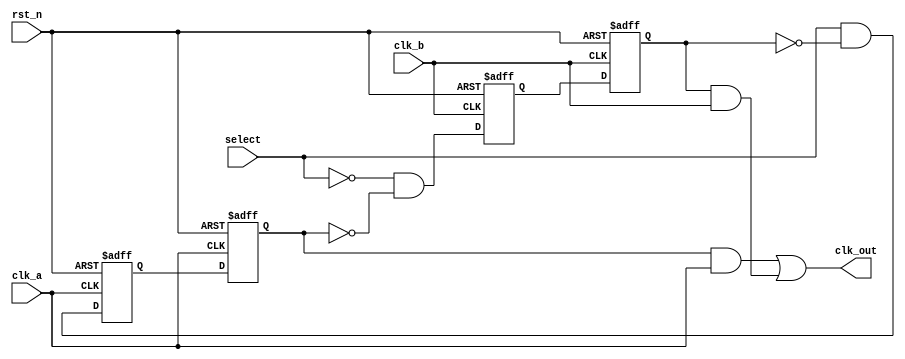

// Despription: This is a glitch free clock switch circuit
// clk_out = select == 1 ? clk_a : clk_b

// rule no.1: disable all clocks before enable a new clock
// rule no.2: switch at the negetive clock edge to avoid glitch


module Clk_Switch
(
  input  wire clk_a   ,
  input  wire clk_b   ,
  input  wire rst_n   ,
  input  wire select  ,
  output wire clk_out
);

// var definition

reg enable_a, enable_a_r, enable_b, enable_b_r;

// clock a 

always@(posedge clk_a or negedge rst_n) begin
  if(!rst_n) begin
    enable_a <= 0;
  end
  else begin
    enable_a <= select & !enable_b_r;
  end
end

always@(negedge clk_a or negedge rst_n) begin
  if(!rst_n) begin
    enable_a_r <= 0;
  end
  else begin
    enable_a_r <= enable_a;
  end
end

// clock b

always@(posedge clk_b or negedge rst_n) begin
  if(!rst_n) begin
    enable_b <= 0;
  end
  else begin
    enable_b <= !select & !enable_a_r;
  end
end

always@(negedge clk_b or negedge rst_n) begin
  if(!rst_n) begin
    enable_b_r <= 0;
  end
  else begin
    enable_b_r <= enable_b;
  end
end

// clock out

assign clk_out = (enable_a_r & clk_a) | (enable_b_r & clk_b);

endmodule



// instantiation
/*


Clk_Switch Clk_Switch_inst
(
  .clk_a   (clk_a    ),
  .clk_b   (clk_b    ),
  .rst_n   (rst_n    ),
  .select  (select   ),
  .clk_out (clk_out  )
);


*/